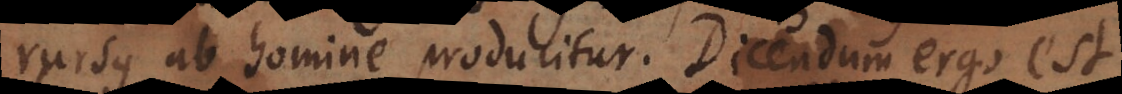
rursus ab homine producitur. Dicendum ergo est